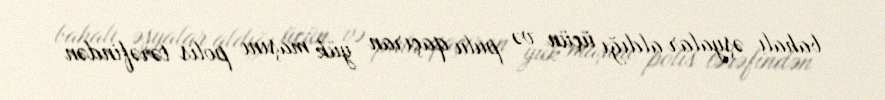
bahalı əşyalar aldığı üçün və pulu qaçıran yük maşını polis tərəfindən